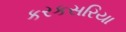
કરકસરિયા